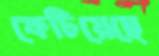
ফেটিয়েছে